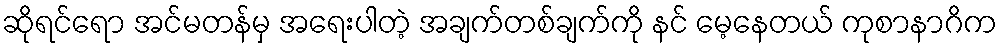
ဆိုရင်ရော အင်မတန်မှ အရေးပါတဲ့ အချက်တစ်ချက်ကို နင် မေ့နေတယ် ကုစာနာဂိက